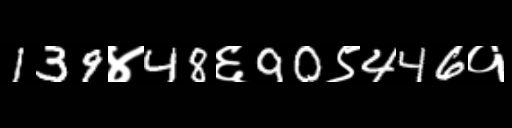
Text: 139४48६90९446१